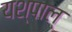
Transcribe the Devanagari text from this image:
यश्पाल्